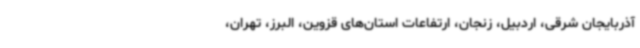
آذربایجان شرقی، اردبیل، زنجان، ارتفاعات استان‌های قزوین، البرز، تهران،